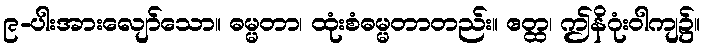
၉-ပါးအားလျော်သော။ ဓမ္မတာ၊ ထုံးစံဓမ္မတာတည်း။ ဧတ္ထ၊ ဤနိဂုံးဝါကျ၌။